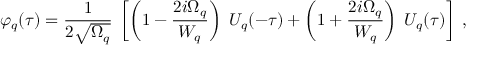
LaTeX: \varphi _ { q } ( \tau ) = { \frac { 1 } { 2 \sqrt { \Omega _ { q } } } } \; \left[ \left( 1 - { \frac { 2 i \Omega _ { q } } { { \cal { W } } _ { q } } } \right) \; U _ { q } ( - \tau ) + \left( 1 + { \frac { 2 i \Omega _ { q } } { { \cal { W } } _ { q } } } \right) \; U _ { q } ( \tau ) \right] \; ,